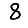
Digit: 8